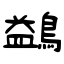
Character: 鷁